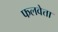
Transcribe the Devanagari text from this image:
फलवेत्ता